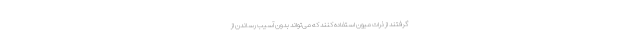
گرفتند از ذرات میون استفاده کنند که می‌تواند بدون آسیب رساندن از